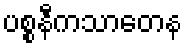
ပစ္စနီကသာတေန